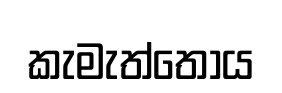
කැමැත්තෝය